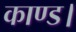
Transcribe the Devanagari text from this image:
काण्ड।